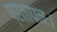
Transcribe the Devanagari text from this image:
प्रतापनः।